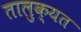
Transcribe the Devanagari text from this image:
तालुक्यत